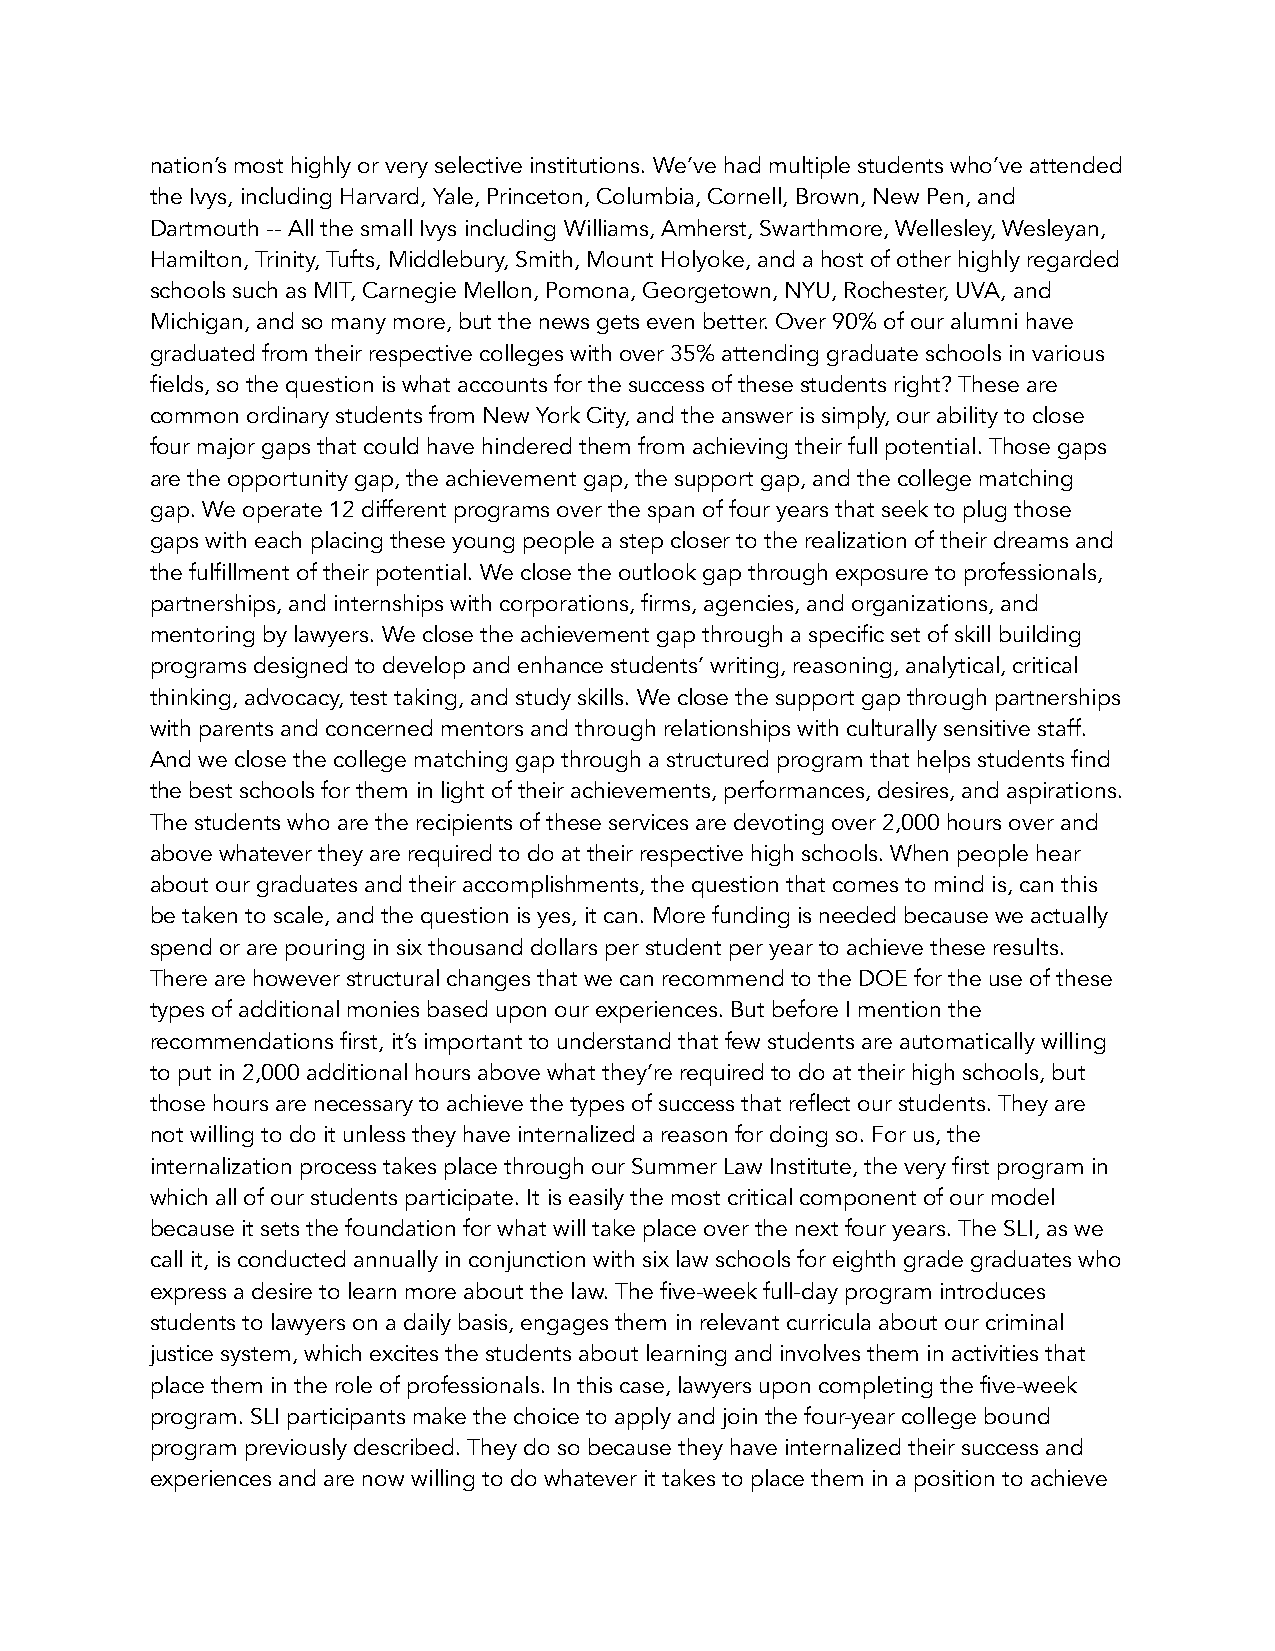
nation’s most highly or very selective institutions. We’ve had multiple students who’ve attended
 the Ivys, including Harvard, Yale, Princeton, Columbia, Cornell, Brown, New Pen, and
 Dartmouth -- All the small Ivys including Williams, Amherst, Swarthmore, Wellesley, Wesleyan,
 Hamilton, Trinity, Tufts, Middlebury, Smith, Mount Holyoke, and a host of other highly regarded
 schools such as MIT, Carnegie Mellon, Pomona, Georgetown, NYU, Rochester, UVA, and
 Michigan, and so many more, but the news gets even better. Over 90% of our alumni have
 graduated from their respective colleges with over 35% attending graduate schools in various
 fields, so the question is what accounts for the success of these students right? These are
 common ordinary students from New York City, and the answer is simply, our ability to close
 four major gaps that could have hindered them from achieving their full potential. Those gaps
 are the opportunity gap, the achievement gap, the support gap, and the college matching
 gap. We operate 12 different programs over the span of four years that seek to plug those
 gaps with each placing these young people a step closer to the realization of their dreams and
 the fulfillment of their potential. We close the outlook gap through exposure to professionals,
 partnerships, and internships with corporations, firms, agencies, and organizations, and
 mentoring by lawyers. We close the achievement gap through a specific set of skill building
 programs designed to develop and enhance students’ writing, reasoning, analytical, critical
 thinking, advocacy, test taking, and study skills. We close the support gap through partnerships
 with parents and concerned mentors and through relationships with culturally sensitive staff.
 And we close the college matching gap through a structured program that helps students find
 the best schools for them in light of their achievements, performances, desires, and aspirations.
 The students who are the recipients of these services are devoting over 2,000 hours over and
 above whatever they are required to do at their respective high schools. When people hear
 about our graduates and their accomplishments, the question that comes to mind is, can this
 be taken to scale, and the question is yes, it can. More funding is needed because we actually
 spend or are pouring in six thousand dollars per student per year to achieve these results.
 There are however structural changes that we can recommend to the DOE for the use of these
 types of additional monies based upon our experiences. But before I mention the
 recommendations first, it’s important to understand that few students are automatically willing
 to put in 2,000 additional hours above what they’re required to do at their high schools, but
 those hours are necessary to achieve the types of success that reflect our students. They are
 not willing to do it unless they have internalized a reason for doing so. For us, the
 internalization process takes place through our Summer Law Institute, the very first program in
 which all of our students participate. It is easily the most critical component of our model
 because it sets the foundation for what will take place over the next four years. The SLI, as we
 call it, is conducted annually in conjunction with six law schools for eighth grade graduates who
 express a desire to learn more about the law. The five-week full-day program introduces
 students to lawyers on a daily basis, engages them in relevant curricula about our criminal
 justice system, which excites the students about learning and involves them in activities that
 place them in the role of professionals. In this case, lawyers upon completing the five-week
 program. SLI participants make the choice to apply and join the four-year college bound
 program previously described. They do so because they have internalized their success and
 experiences and are now willing to do whatever it takes to place them in a position to achieve